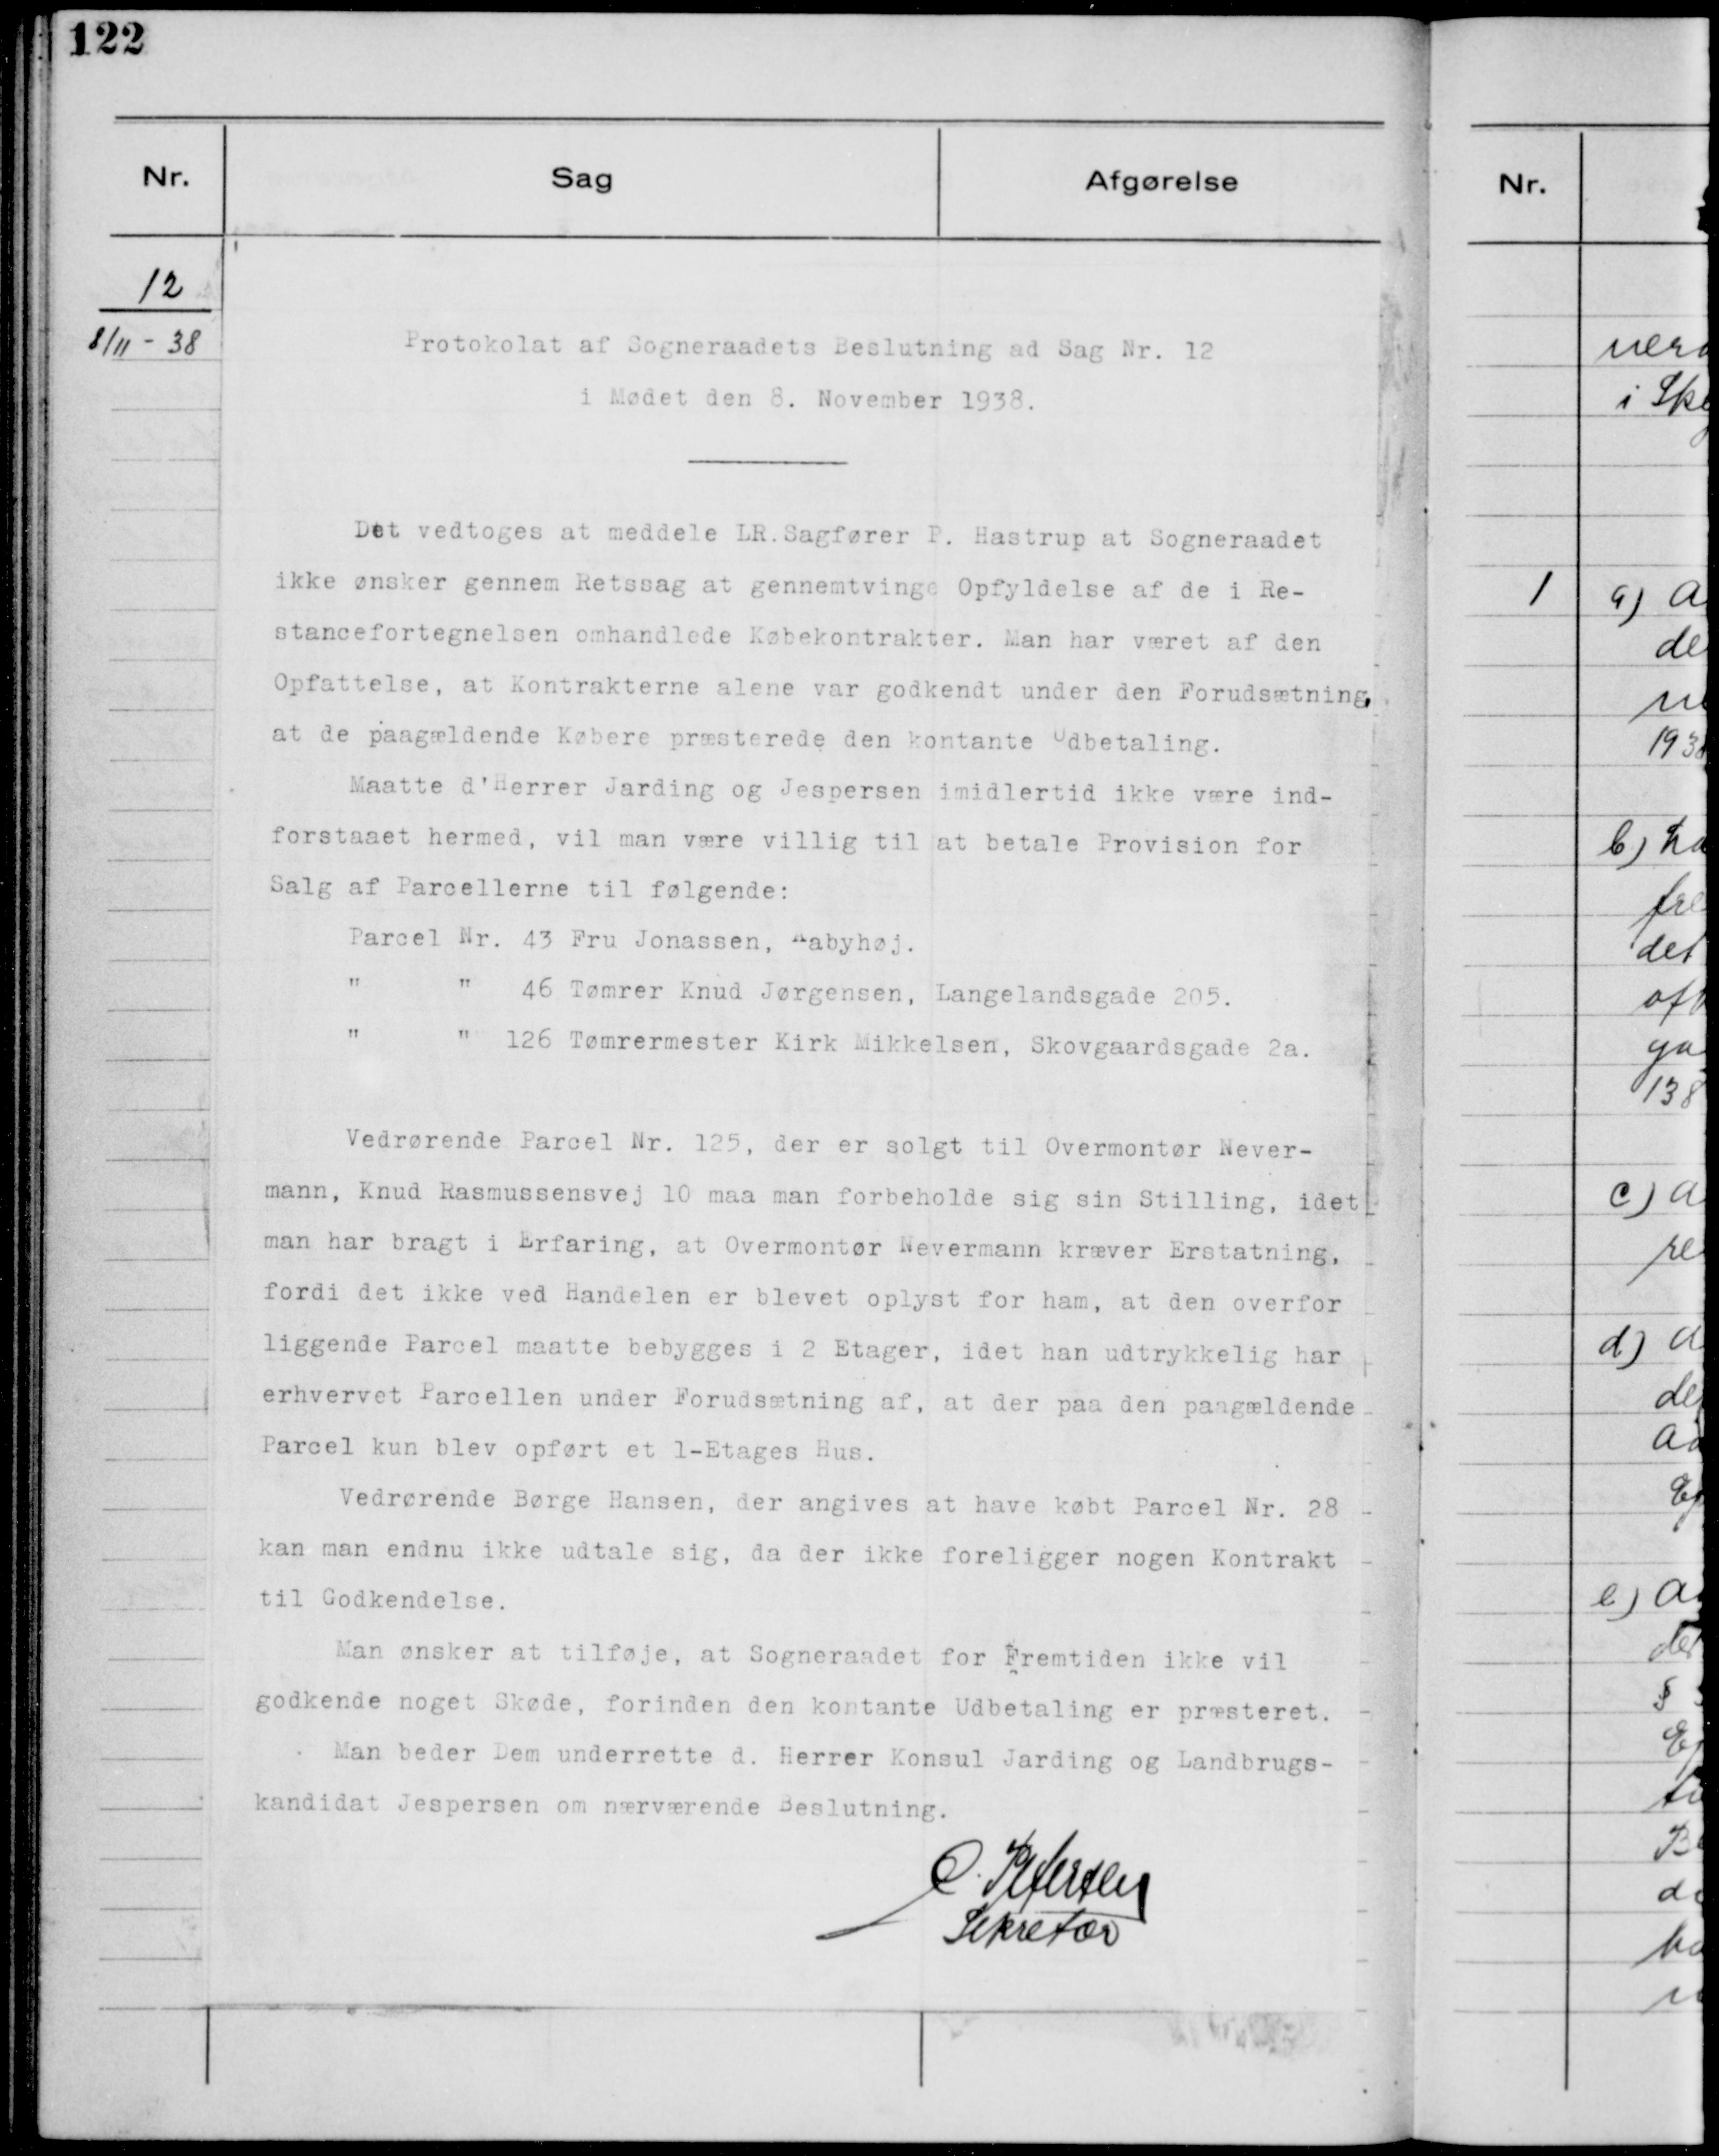
Transskription:
12
8/11-138

Protokolat af Sogneraadets Beslutning ad Sag Nr. 12
i Mødet den 8. November 1938.
Det vedtoges af meddele LR Sagfører P. Hastrup at sogneraadet
ikke ønsker gennem Retssag at gennemtvinge Opfyldelse af de i Re-
stancefortegnelse omhandlede Købekontrakter. Man har været af den
Opfattelse, at Kontrakterne alene var godkendt under den Forudsætning,
at de paagældende Købere præsterede den Kontante Udbetaling.
Maate d´Herrer Jarding og Jespersen imidlertid ikke være ind-
forstaaet hermed, vil man være villig til at betale Provision for
Salg af Parcellerne til Følgende:
Parcel Nr. 43 Fru Jonassen, Aabyhøj.
" " 46 Tømrer Knud Jørgensen, Langelandsgade 205.
" " 126 Tømrermester Kirk Mikkelsen, Skovgaardsgade 2a.
Vedrørende Parcel Nr. 125, der er solgt til Overmontør Never-
mann, Knud Rasmussensvej 10 maa man forbeholde sig sin Stilling, idet
man har bragt i Erfaring, at Overmontør Nevermann kræver Erstatning,
fordi det ikke ved Handelen er blevet oplyst for ham, at den overfor
liggende Parcel maatte bebygges i 2 Etager, idet han udtrykkelig har
erhvervet Parcellen under forudsætning af, at der paa den paagældende
Parcel kun blev opført et 1-Etages Hus.
Vedrørende Børge Hansen, der angives at have købt Parcel Nr. 28
kan man endnu ikke udtale sig, da der ikke foreligger nogen Kontrakt
til Godkendelse.
Man ønsker at tilføje, at Sogneraadet for fremtiden ikke vil
godkende noget Skøde, forinden den kontante Udbetaling er præsteret.
Man beder Dem underrette d. Herrer Konsul Jørding og Landbrugs-
kandidat Jespersen om nærværende Beslutning.
C. Petersen
Sekretær